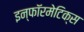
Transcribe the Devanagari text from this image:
इन्‍फॉरमेटिक्‍स